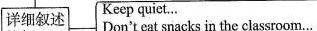
详细叙述 Keep quiet… Don't eat snacks in the classroom…